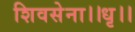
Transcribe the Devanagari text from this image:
शिवसेना।।धृ।।